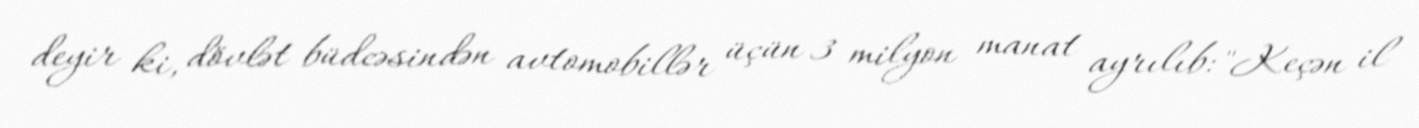
deyir ki, dövlət büdcəsindən avtomobillər üçün 3 milyon manat ayrılıb: "Keçən il